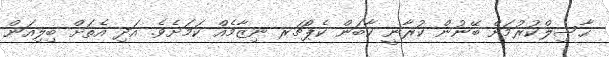
ޙާސިލްކުރުމަށް ބޭނުން ކުރާނީ ކާބަން ކެޕްޗަރ ނިޒާމެއް ކަމަށެވެ. އަދި އެތަށް ބިލިއަން